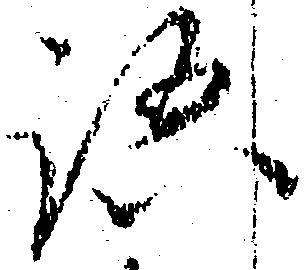
語